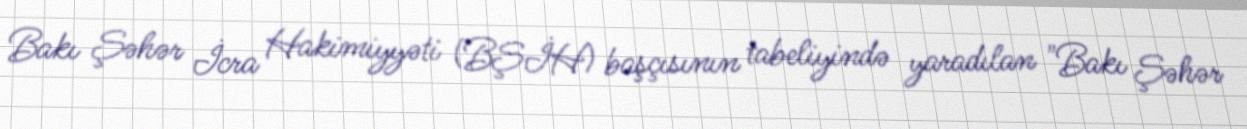
Bakı Şəhər İcra Hakimiyyəti (BŞİH) başçısının tabeliyində yaradılan "Bakı Şəhər